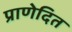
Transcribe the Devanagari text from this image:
प्राणेदित